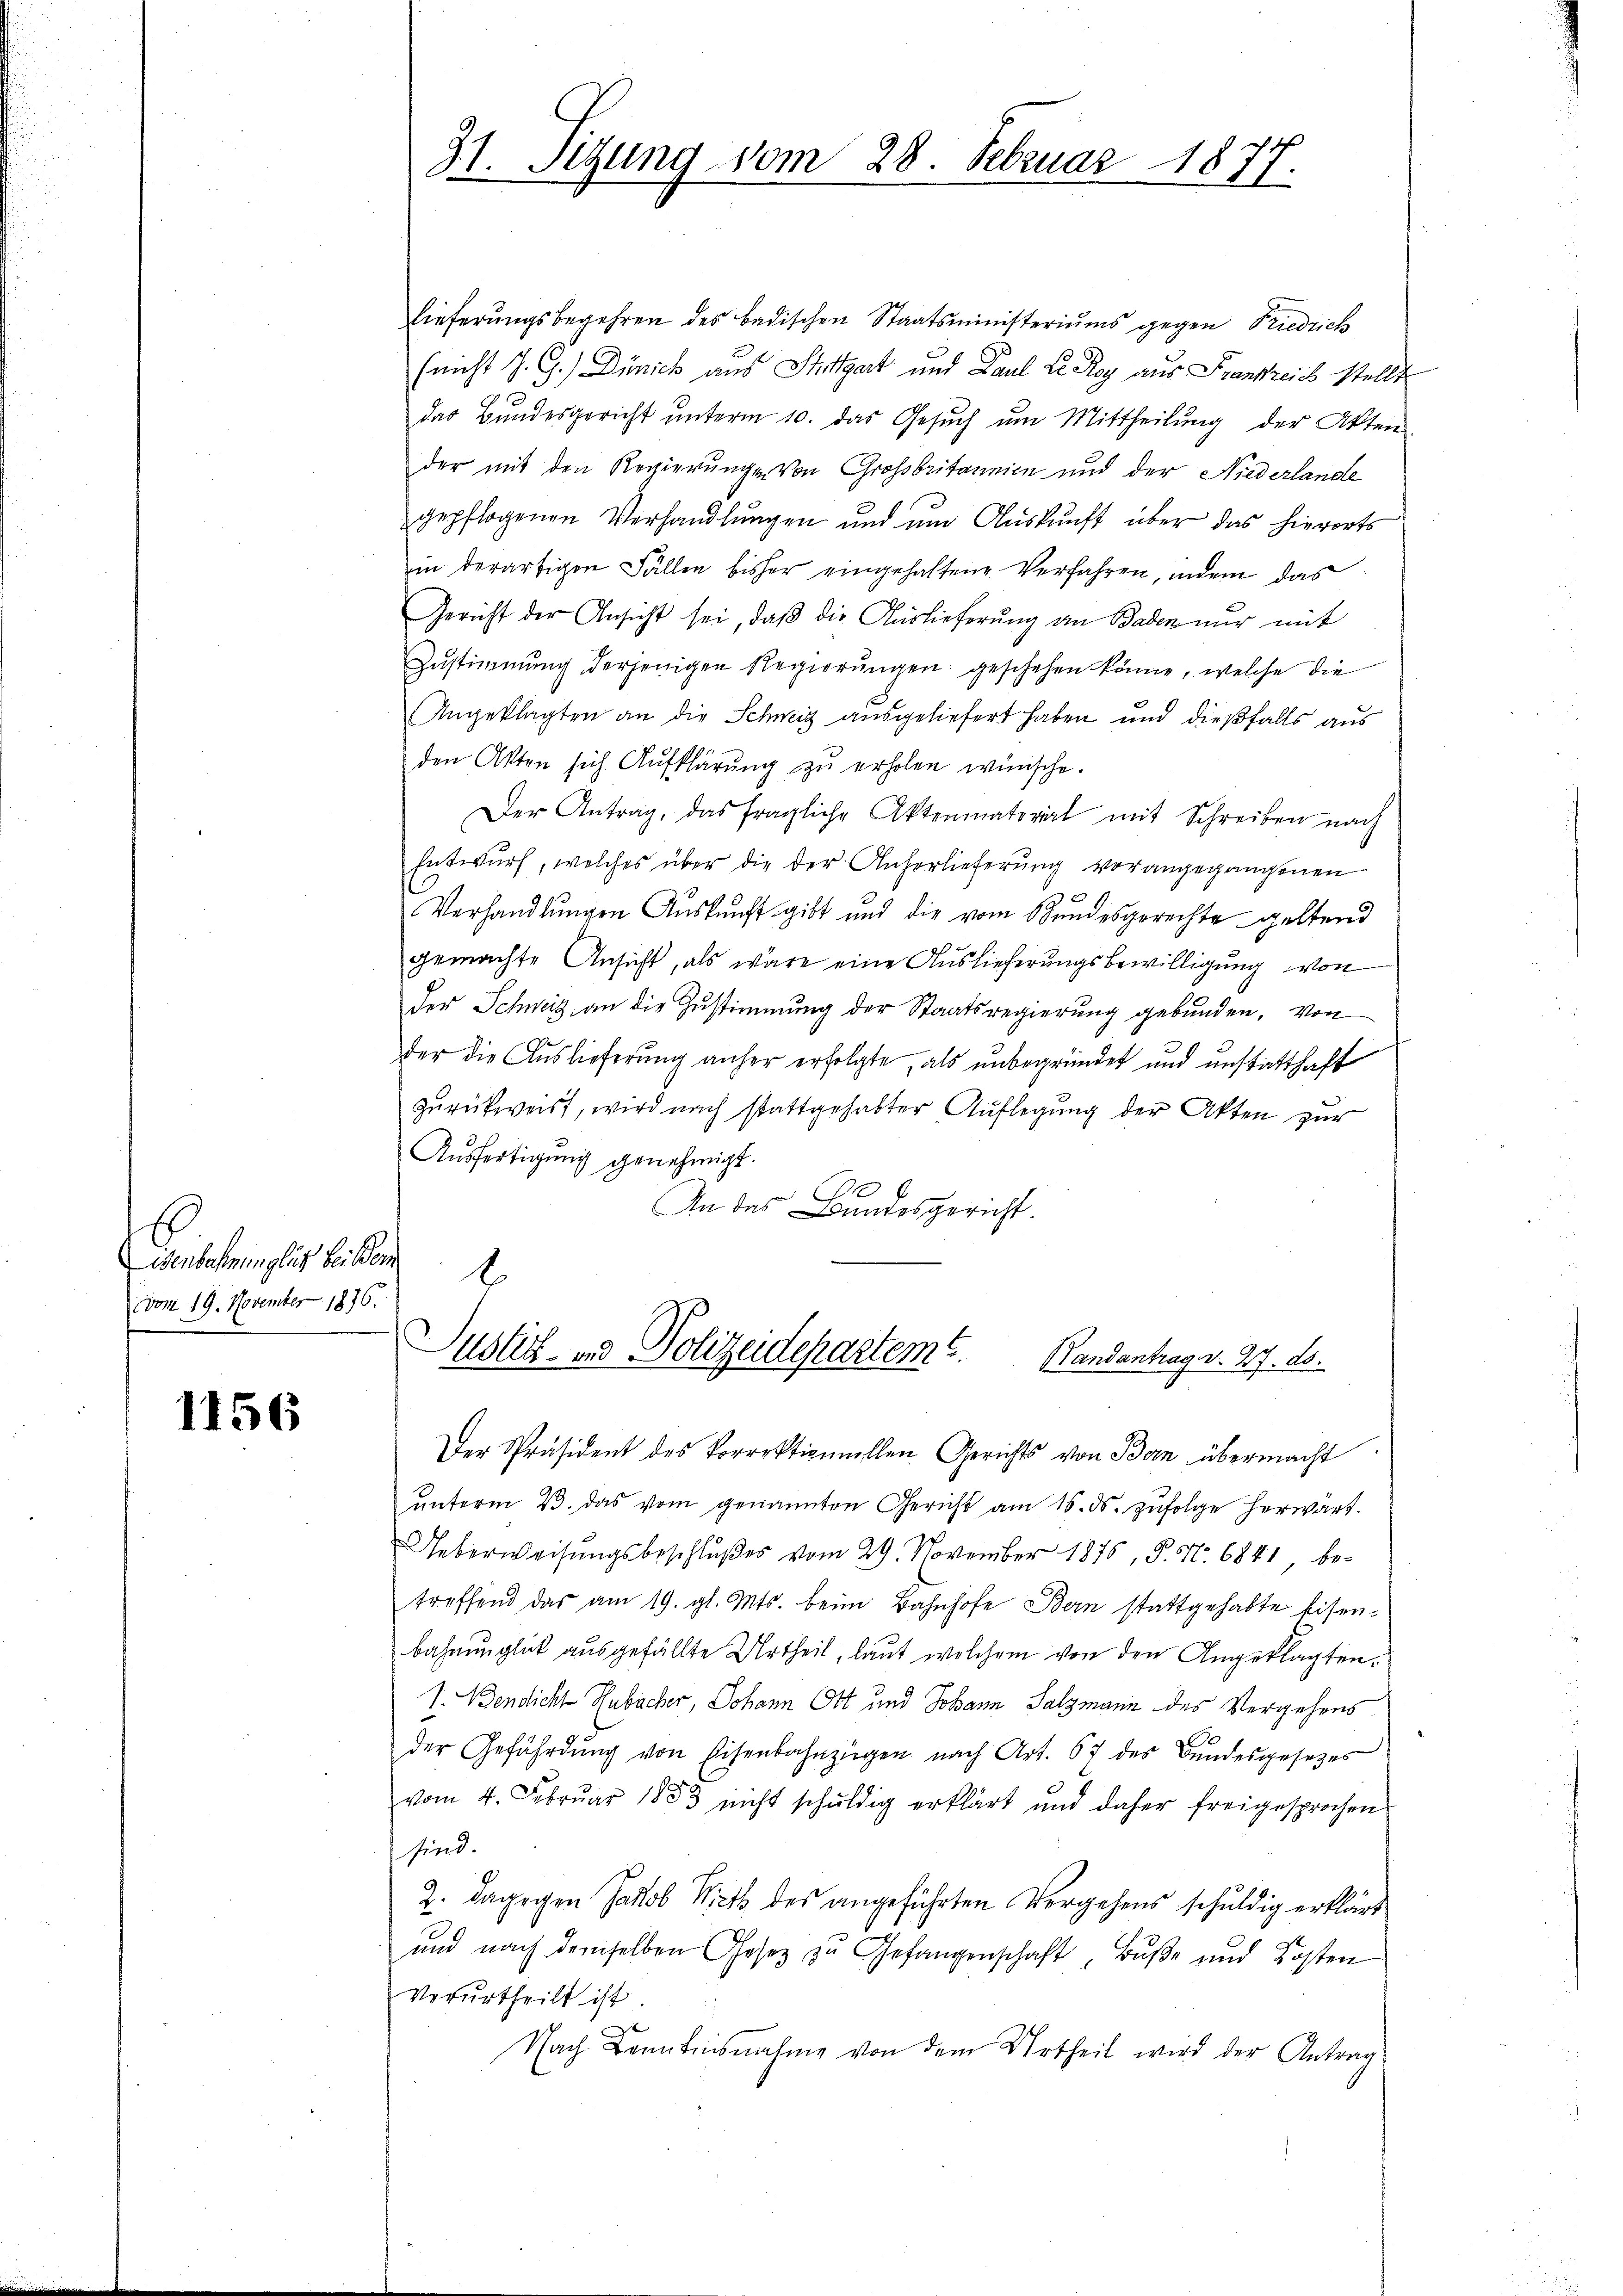
Belehrunglich billen
vom 19. November 1876.

1156

31. Sitzung vom 28. Februar 1877.

Lieferungsbegehren des badischen Staatsministeriums gegen Friedrich
(nicht J. G.) Dünick aus Stuttgart und Paul Dr. Roy aus Frankreich stellt
das Bundesgericht ŭnterm 10. das Gesŭch ŭm Mittheilŭng der Akten
der mit den Regierungen von Großbritannien und der Niederlande
gepflogenen Verhandlŭngen und ŭm Aŭskŭnft über das hierorts
in derartigen Fällen bisher eingehaltene Verfahren, indem das
Gericht der Ansicht sei, daβ die Auslieferung an Baden nur mit
Zustimmung derjenigen Regierungen geschehen könne, welche die
Angeklagten an die Schweiz ausgeliefert haben und dießfalls aus
den Akten sich Aufklärŭng zŭ erholen wünsche.
Der Antrag, das fragliche Aktenmaterial mit Schreiben nach
Entwurf, welches über die der Anherlieferung vorangegangenen
Verhandlungen Auskunft gibt und die vom Bundesgerechte geltend
6
gemachte Ansicht, als wäre eine Auslieferungsbewilligung von
der Schweiz an die Zustimmung der Staatsregierung gebunden, von
der die Auslieferung anher erfolgte, als unbegründet und unstatthaft
zurückweist, wird nach stattgehabter Auflegung der Akten zur
Ausfertigung genehmigt.
An das Bundesgericht.
b
Justiz- und Polizeidepartem E. Handantrag v. 27. ds.
Der Präsident des Vorrektionnellen Gerichts von Bern übermacht
unterm 23. das vom genannten Gericht am 15. ds. zufolge herwart.
Ueberweisŭngsbeschlŭβes vom 29. November 1876, P. Nr. 6841 be-
treffend das am 19. gl. Mts. beim Bahnhofe Bern stattgehabte Eisenbahnunglich ausgefällte Urtheil, laut welchem von den Angeklagten.
1. Bendicht Hubacher, Johann Ott und Johann Salzmann des Vergehens
l
der Gefährdŭng von Eisenbahnzügen nach Art. 67 des Bandesgesetzes
vom 4. Febrŭar 1833 nicht schŭldig erklärt und daher freigesprochen
sind.
2. dagegen Jacob Riets des angeführten Vergehens schuldig erklärt
und nach demselben Gesetz zu Gefangenschaft, Bŭβe und Kosten
Verurtheilt ist.
Nach Kenntnisnahme von dem Urtheil wird der Antrag